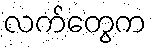
လက်တွေက